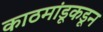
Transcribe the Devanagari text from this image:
काठमांडूकडून